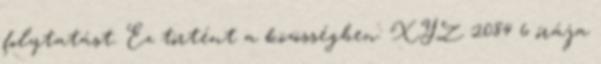
folytatást. Ez történt a közösségben: XYZ 2084 6 órája